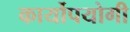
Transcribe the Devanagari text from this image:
कार्योपयोगी